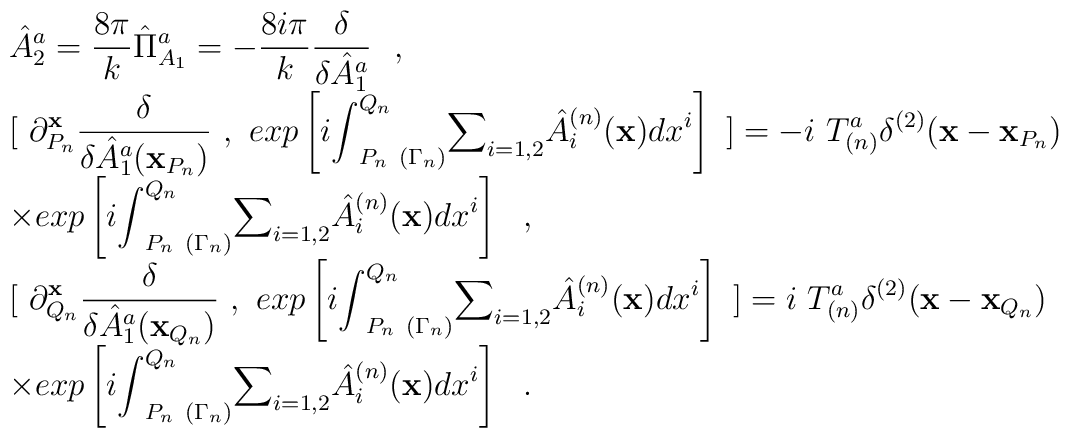
\begin{array}{l}\displaystyle\hat{A}_2^a=\frac{8\pi}{k}\hat{\Pi}^a_{A_1}=-\frac{8i\pi}{k}\frac{\delta}{{\delta}\hat{A}_1^a}~~,\\[2mm]\displaystyle [~{\partial }_{P_n}^{{\bf x}}\frac \delta {{\delta }\hat{A}_1^a({\bf x}_{P_n})}~,~exp\left[i{\int }_{P_n~({\Gamma }_n)}^{Q_n}{\sum }_{i=1,2}\hat{A}_i^{(n)}({\bf x})dx^i\right]~]=-i~T_{(n)}^a{\delta }^{(2)}({\bf x}-{\bf x}_{P_n})\\[2mm]{\times}\displaystyle exp\left[i{\int }_{P_n~({\Gamma }_n)}^{Q_n}{\sum }_{i=1,2}\hat{A}_i^{(n)}({\bf x})dx^i\right]~~, \\[2mm] \displaystyle [~{\partial }_{Q_n}^{{\bf x}}\frac \delta {{\delta }\hat{A}_1^a({\bf x}_{Q_n})}~,~exp\left[i{\int }_{P_n~({\Gamma }_n)}^{Q_n}{\sum }_{i=1,2}\hat{A}_i^{(n)}({\bf x})dx^i\right]~]=i~T_{(n)}^a{\delta }^{(2)}({\bf x}-{\bf x}_{Q_n})\\[2mm]\displaystyle {\times} exp\left[i{\int }_{P_n~({\Gamma }_n)}^{Q_n}{\sum }_{i=1,2}\hat{A}_i^{(n)}({\bf x})dx^i\right]~~.\end{array}